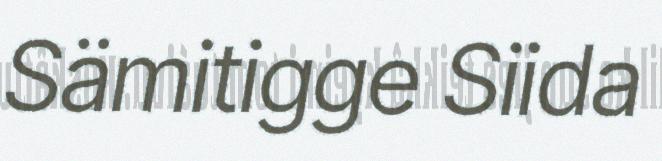
Sämitigge Siida